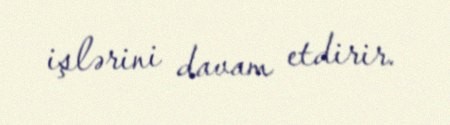
işlərini davam etdirir.